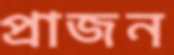
প্রাজন